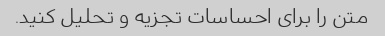
متن را برای احساسات تجزیه و تحلیل کنید.